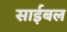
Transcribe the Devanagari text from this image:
साईबल